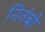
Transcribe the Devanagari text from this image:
नितंबो